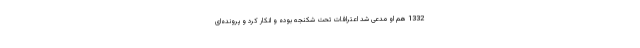
1332 هم او مدعی شد اعترافات تحت شکنجه بوده و انکار کرد و پرونده‌ای